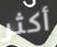
أكثر